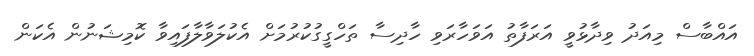
އައްބާސް މިއަދު ވިދާޅުވީ އަރަފާތު އަވަހާރަވި ހާދިސާ ތަހްގީގުކުރުމަށް އެކުލަވާލާފައިވާ ކޮމިޝަނުން އެކަން